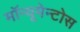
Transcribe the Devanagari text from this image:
मॉन्यूमेन्टोस